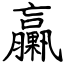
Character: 臝